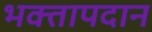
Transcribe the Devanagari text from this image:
भक्तापदान